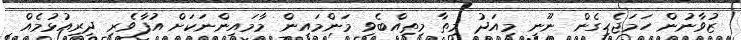
ޒުވާނުން ހަމަޖެހިގެން ނޫނީ މިއަދު މިތާ މިތިއްބެވި މަންމައިން މާމައިންނަކަށް އުފާވެރި ދިރިއުޅުމެއް